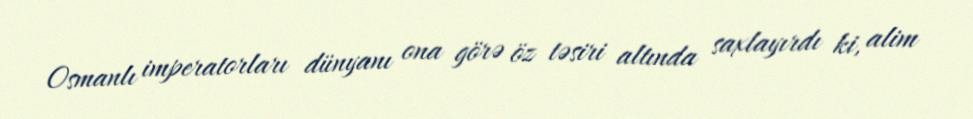
Osmanlı imperatorları dünyanı ona görə öz təsiri altında saxlayırdı ki, alim